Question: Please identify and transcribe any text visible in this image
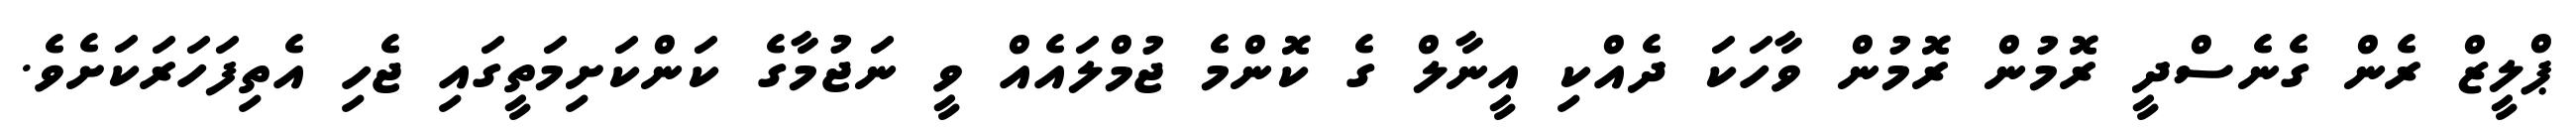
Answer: ޕްލީޒް ރެން ގެނެސްދީ ރޮމުން ރޮމުން ވާހަކަ ދެއްކި އީނާލް ގެ ކޮންމެ ޖުމްލައެއް ވީ ނަޖުމާގެ ކަންކަށިމަތީގައި ޖެހި އެތިފަހަރަކަށެވެ.